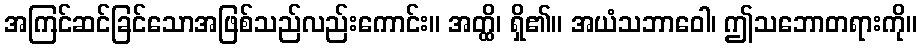
အကြင်ဆင်ခြင်သောအဖြစ်သည်လည်းကောင်း။ အတ္ထိ၊ ရှိ၏။ အယံသဘာဝေါ၊ ဤသဘောတရားကို။